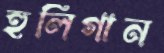
হুলিগান